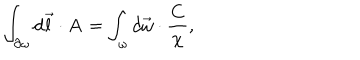
LaTeX: \int _ { { \bf \partial } \omega } d \vec { l } \cdot { \bf A } = \int _ { \omega } d \vec { \omega } \cdot \frac { { \bf C } } { \chi } ,